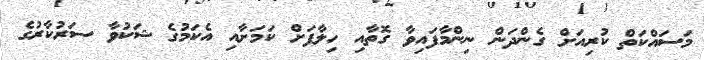
މަސައްކަތް ކުރިއަށް ގެންދަން ނިންމާފައިވާ ގޮތާއި ހިލާފަށް ކަމަށާއި އެކަމުގެ ޝަކުވާ ސަރުކާރުގެ